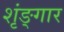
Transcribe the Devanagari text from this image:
शृंङ्गार